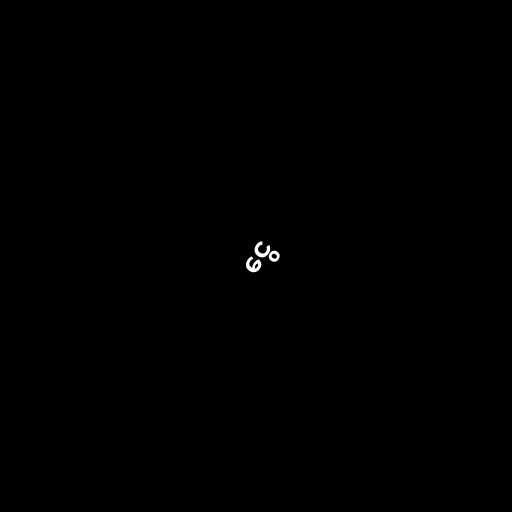
ငွေ